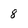
Character: 8